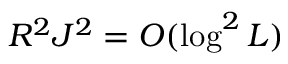
R ^ { 2 } J ^ { 2 } = O ( \log ^ { 2 } L )